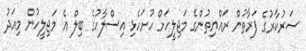
ސަރުކާރުގެ ފަރާތުން ރައްޔިތުންގެ މަޖިލީހަށް ހުށަހެޅި އިސްލާހުގެ ބިލް އެ މަޖިލީހުން މިއަދު